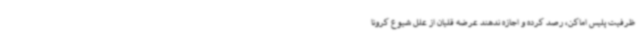
ظرفیت پلیس اماکن، رصد کرده و اجازه ندهند عرضه قلیان از علل شیوع کرونا